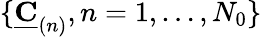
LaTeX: \{ \underline{{\mathbf{C}}}_{(n)},n=1,\dots,N_{0}\}